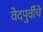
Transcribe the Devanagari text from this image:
वेदपुर्वीचे